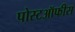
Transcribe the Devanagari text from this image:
पोस्टऑफीस